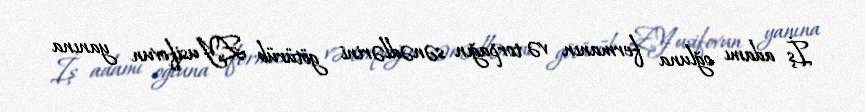
İş adamı oğluna fermanın və torpağın sənədlərini götürüb Z.Yusifovun yanına